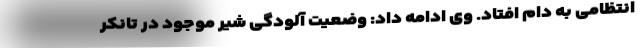
انتظامی به دام افتاد. وی ادامه داد: وضعیت آلودگی شیر موجود در تانکر